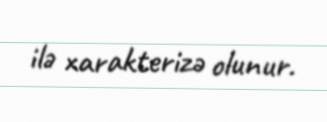
ilə xarakterizə olunur.